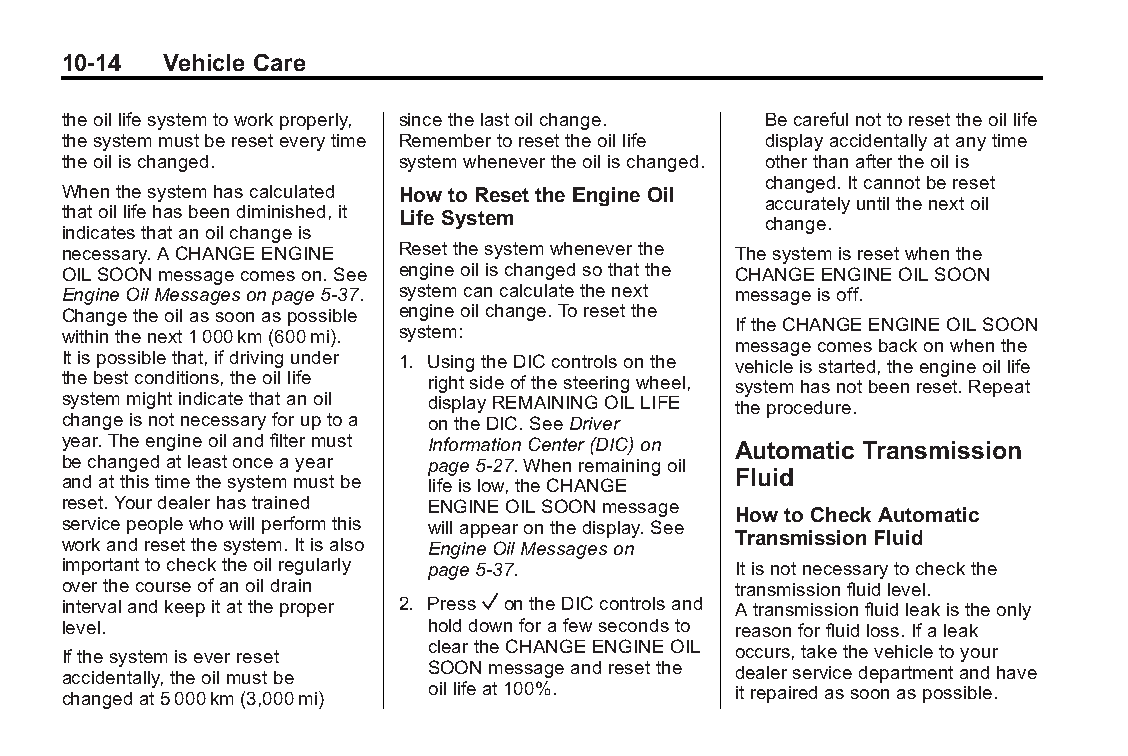
Buick LaCrosse Owner Manual (GMNA-Localizing-U.S./Canada/Mexico- Blackplate(14,1)
 6043609)-2014-2ndEdition-10/17/13
 10-14  Vehicle Care
 theoillifesystemtoworkproperly, sincethelastoilchange. Becarefulnottoresettheoillife
 thesystemmustbereseteverytime Remembertoresettheoillife displayaccidentallyatanytime
 theoilischanged.      systemwhenevertheoilischanged. otherthanaftertheoilis
 changed.Itcannotbereset
 Whenthesystemhascalculated Howto Reset theEngine Oil
 accuratelyuntilthenextoil
 thatoillifehasbeendiminished,it Life System
 change.
 indicatesthatanoilchangeis
 necessary.ACHANGEENGINE Resetthesystemwheneverthe Thesystemisresetwhenthe
 OILSOONmessagecomeson.See engineoilischangedsothatthe CHANGEENGINEOILSOON
 EngineOilMessagesonpage5-37. systemcancalculatethenext messageisoff.
 Changetheoilassoonaspossible engineoilchange.Toresetthe
 IftheCHANGEENGINEOILSOON
 withinthenext1000km(600mi). system:
 messagecomesbackonwhenthe
 Itispossiblethat,ifdrivingunder 1. UsingtheDICcontrolsonthe vehicleisstarted,theengineoillife
 thebestconditions,theoillife rightsideofthesteeringwheel, systemhasnotbeenreset.Repeat
 systemmightindicatethatanoil displayREMAININGOILLIFE theprocedure.
 changeisnotnecessaryforuptoa ontheDIC.SeeDriver
 year.Theengineoilandfiltermust InformationCenter(DIC)on Automatic Transmission
 bechangedatleastonceayear page5-27.Whenremainingoil
 Fluid
 andatthistimethesystemmustbe lifeislow,theCHANGE
 reset.Yourdealerhastrained ENGINEOILSOONmessage
 Howto Check Automatic
 servicepeoplewhowillperformthis willappearonthedisplay.See
 TransmissionFluid
 workandresetthesystem.Itisalso EngineOilMessageson
 importanttochecktheoilregularly page5-37.   Itisnotnecessarytocheckthe
 overthecourseofanoildrain                   transmissionfluidlevel.
 intervalandkeepitattheproper 2. PressVontheDICcontrolsand Atransmissionfluidleakistheonly
 level.                  holddownforafewsecondsto reasonforfluidloss.Ifaleak
 Ifthesystemiseverreset  cleartheCHANGEENGINEOIL occurs,takethevehicletoyour
 accidentally,theoilmustbe SOONmessageandresetthe dealerservicedepartmentandhave
 changedat5000km(3,000mi) oillifeat100%.     itrepairedassoonaspossible.